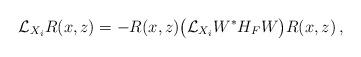
LaTeX: \begin{align*}\mathcal{L}_{X_i} R(x,z)&= - R(x,z)\big(\mathcal{L}_{X_i} W^* H_F W \big)R(x,z)\,,\end{align*}